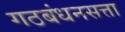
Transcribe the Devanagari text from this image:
गठबंधनसत्ता